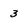
Character: 3